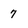
Character: 7